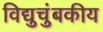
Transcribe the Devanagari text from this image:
विद्युचुंबकीय